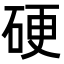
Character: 硬